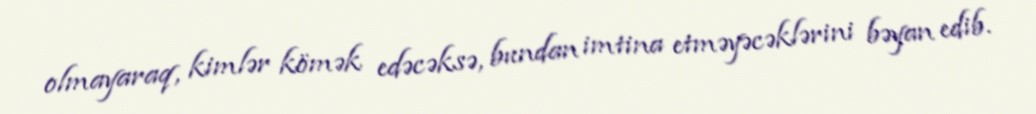
olmayaraq, kimlər kömək edəcəksə, bundan imtina etməyəcəklərini bəyan edib.